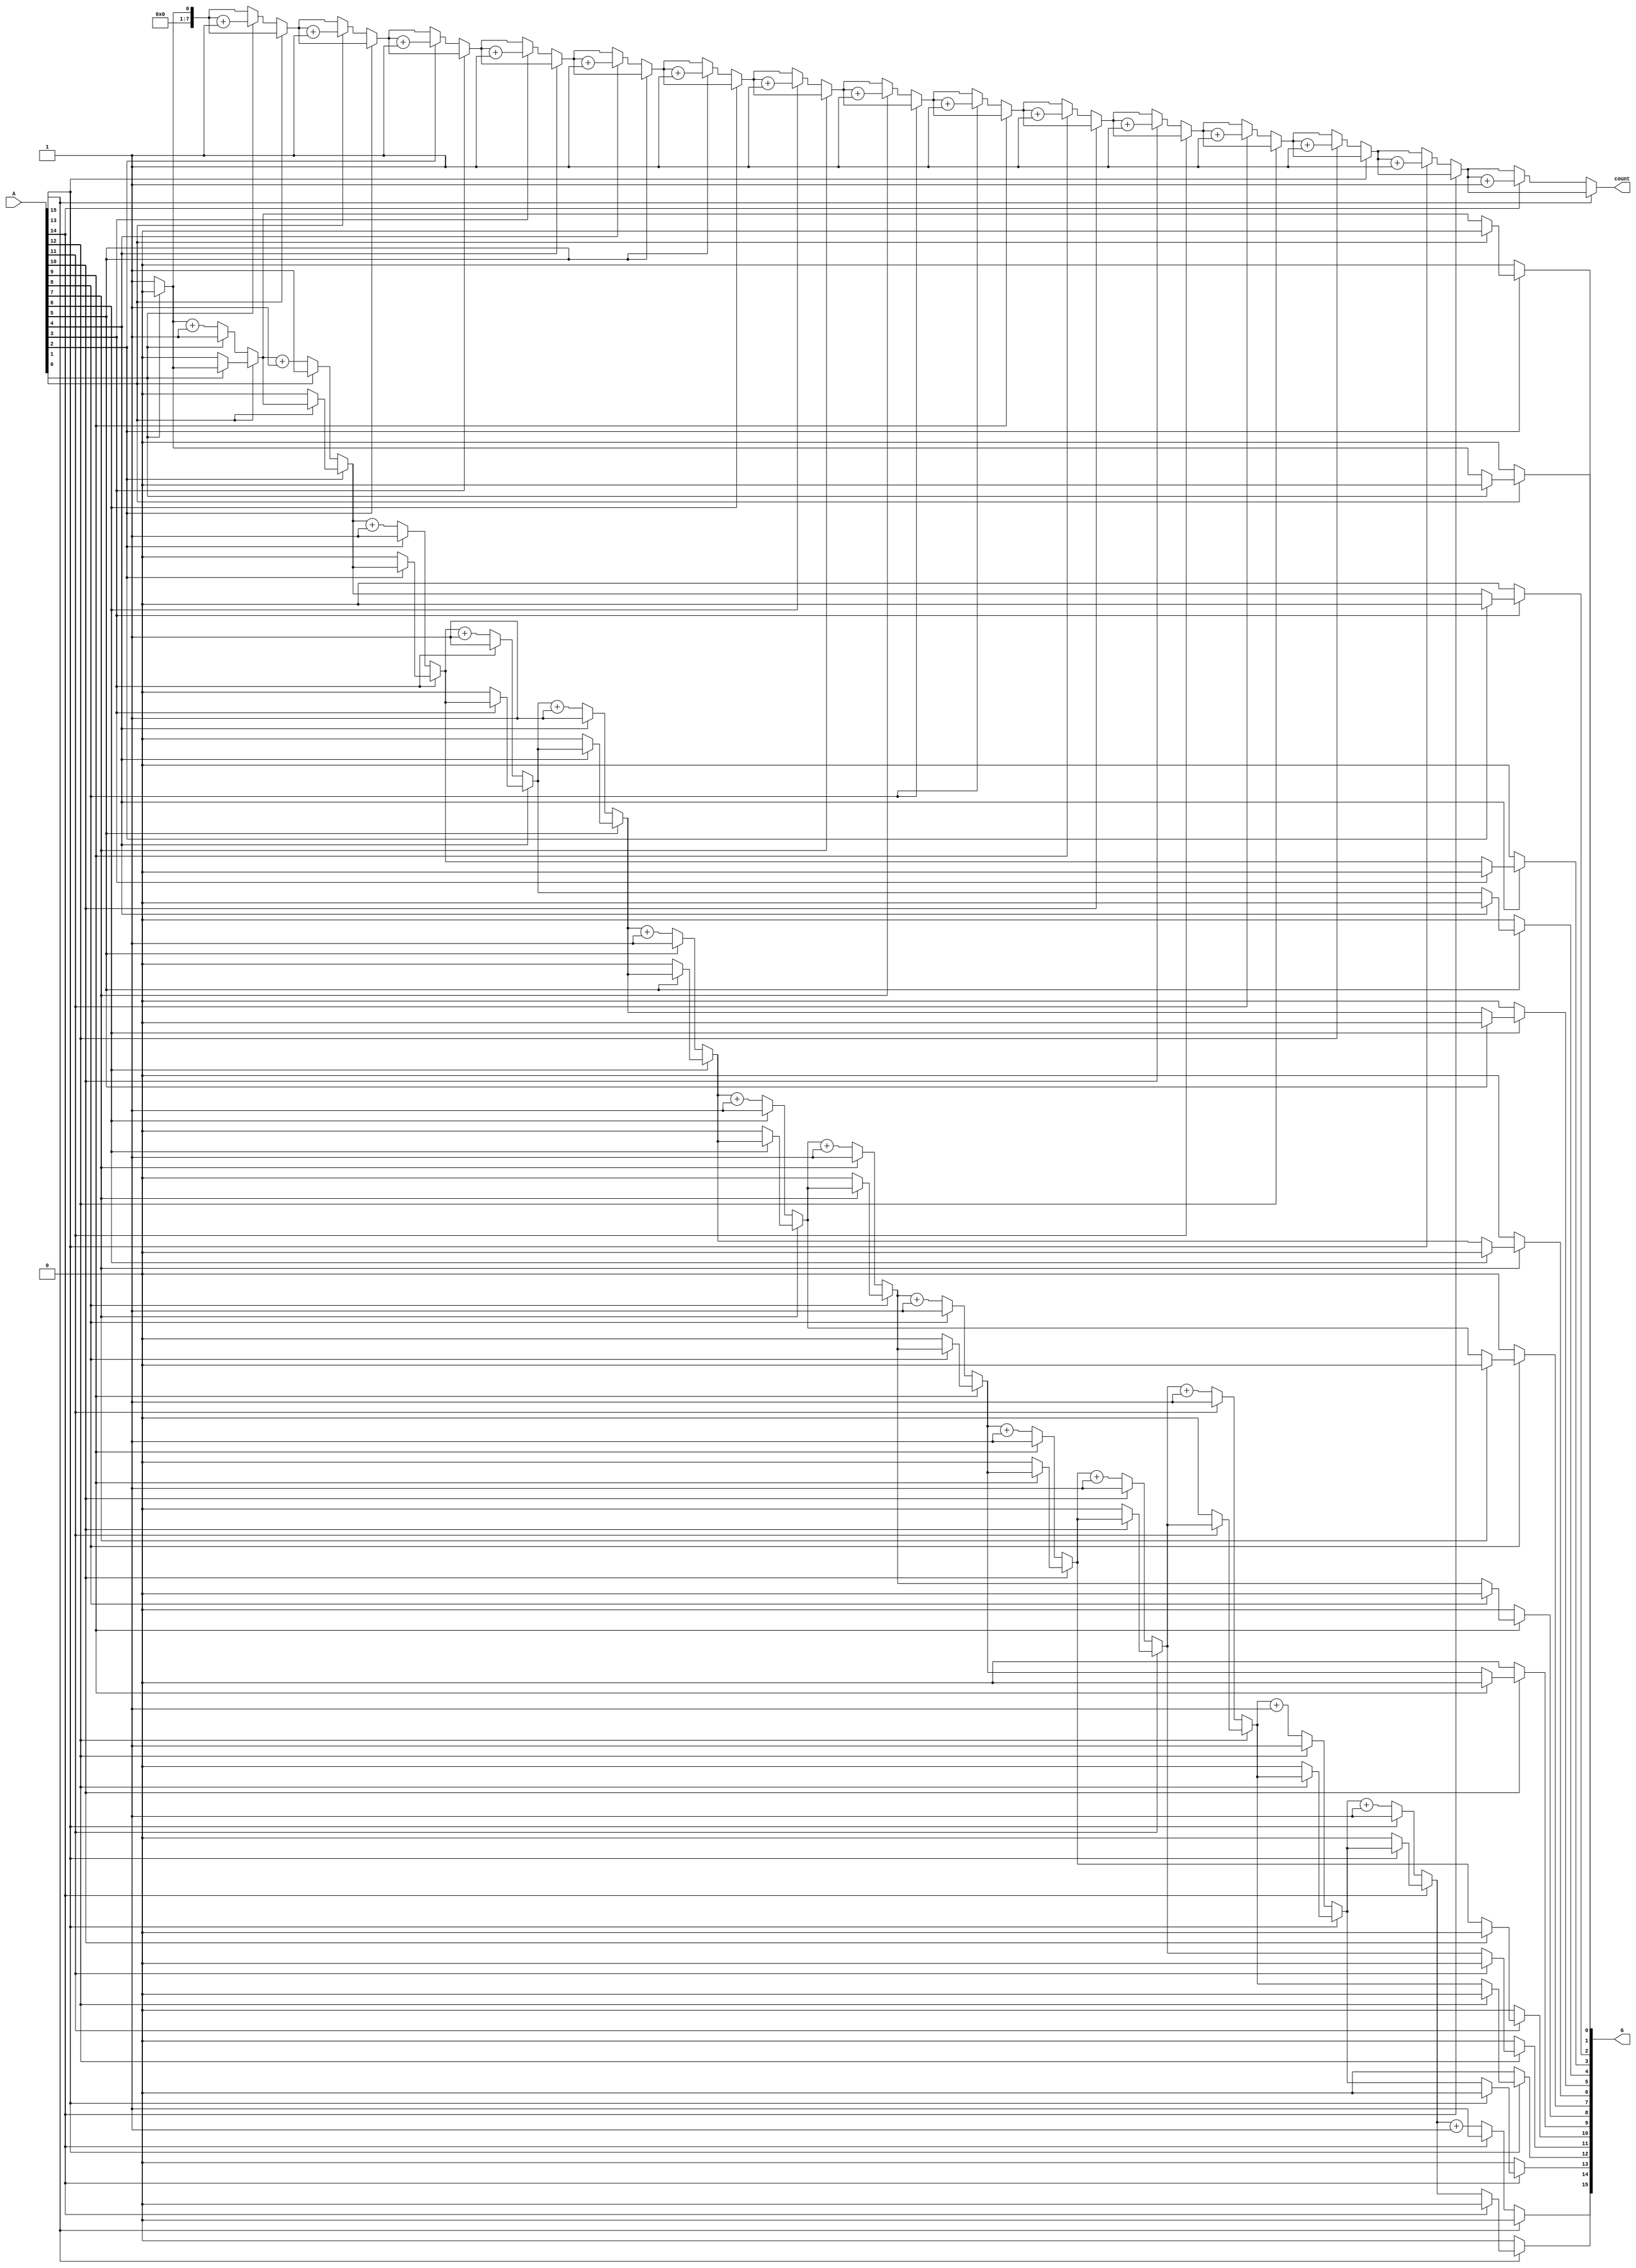
module zero_grouping (
    input  wire [N-1:0] A,   // Input binary vector of length N
    output reg  [N-1:0] G,   // Output vector representing grouped zeros
    output reg  [7:0] count   // Count of groups of contiguous zeros
);
    parameter N = 16; // Set the length of the input vector

    integer i;
    integer zero_count;
    reg in_zero;
    
    always @(*) begin
        // Initialize outputs
        G = 0;
        count = 0;
        zero_count = 0;
        in_zero = 0;
        
        // Traverse the input vector
        for (i = 0; i < N; i = i + 1) begin
            if (A[i] == 0) begin
                // If we encounter a zero and are not already in a zero group
                if (!in_zero) begin
                    in_zero = 1;            // Mark that we're in a zero group
                    count = count + 1;     // Increment group count
                    zero_count = 1;        // Start counting the length of this zero group
                end else begin
                    // If we are already in a zero group, just increment the length
                    zero_count = zero_count + 1;
                end
            end else begin
                // If we encounter a one
                if (in_zero) begin
                    // We were in a zero group, so we need to store its length
                    // Store the zero count in the output vector
                    G[i - 1] = zero_count; // Store the length of the group
                    in_zero = 0;           // Mark that we are no longer in a zero group
                    zero_count = 0;        // Reset the zero count for the next group
                end
            end
        end
        
        // Handle the case where the input ends with zeros
        if (in_zero) begin
            G[N-1] = zero_count; // Store the length of the last group
        end
    end
endmodule